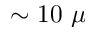
\sim 1 0 ~ \mu